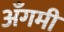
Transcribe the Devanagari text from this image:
अँगमी